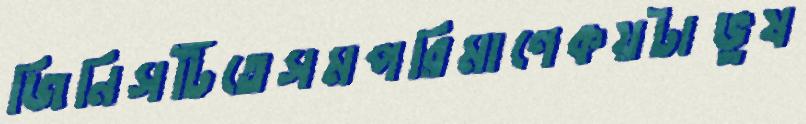
জিনিসটিতেসমপরিমাণেকয়টাভুষ